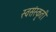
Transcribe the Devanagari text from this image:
स्वसंस्कृती